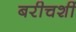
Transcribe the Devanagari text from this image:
बरीचशीं